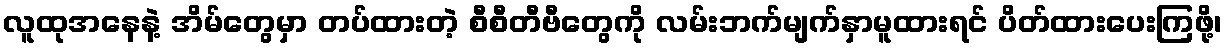
လူထုအနေနဲ့ အိမ်တွေမှာ တပ်ထားတဲ့ စီစီတီဗီတွေကို လမ်းဘက်မျက်နှာမူထားရင် ပိတ်ထားပေးကြဖို့၊